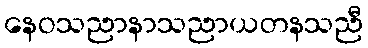
နေဝသညာနာသညာယတနသညီ